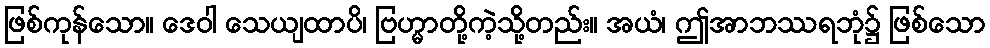
ဖြစ်ကုန်သော။ ဒေဝါ သေယျထာပိ၊ ဗြဟ္မာတို့ကဲ့သို့တည်း။ အယံ၊ ဤအာဘဿရဘုံ၌ ဖြစ်သော